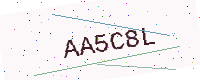
Text: AA5C8L